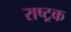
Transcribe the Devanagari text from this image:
राष्ट्रक